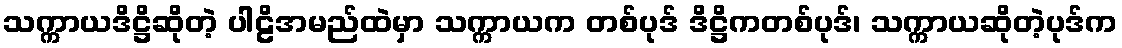
သက္ကာယဒိဋ္ဌိဆိုတဲ့ ပါဠိအမည်ထဲမှာ သက္ကာယက တစ်ပုဒ် ဒိဋ္ဌိကတစ်ပုဒ်၊ သက္ကာယဆိုတဲ့ပုဒ်က